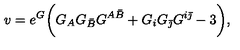
v = e ^ { G } \biggl ( G _ { A } G _ { \bar { B } } G ^ { A \bar { B } } + G _ { i } G _ { \bar { \jmath } } G ^ { i \bar { \jmath } } - 3 \biggr ) ,